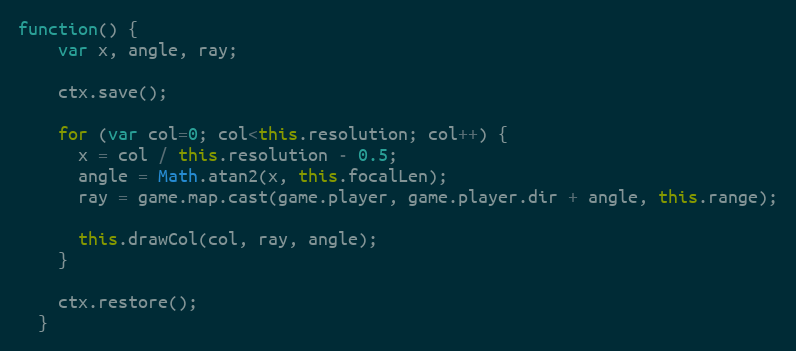
Language: JavaScript
function() {
    var x, angle, ray;

    ctx.save();

    for (var col=0; col<this.resolution; col++) {
      x = col / this.resolution - 0.5;
      angle = Math.atan2(x, this.focalLen);
      ray = game.map.cast(game.player, game.player.dir + angle, this.range);

      this.drawCol(col, ray, angle);
    }

    ctx.restore();
  }